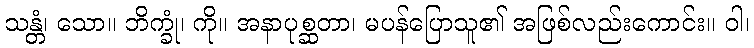
သန္တံ၊ သော။ ဘိက္ခုံ၊ ကို။ အနာပုစ္ဆတာ၊ မပန်ပြောသူ၏ အဖြစ်လည်းကောင်း။ ဝါ၊